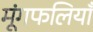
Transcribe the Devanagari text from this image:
मूंगफलियाँ